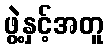
ဖွဲ့နှင့်အတူ